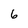
Character: 6